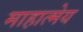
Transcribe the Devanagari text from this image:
माहात्मेय